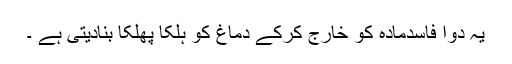
یہ دوا فاسدمادہ کو خارج کرکے دماغ کو ہلکا پھلکا بنادیتی ہے ۔